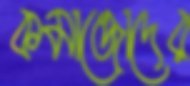
কমান্ডোদের